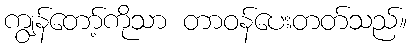
ကျွန်တော့်ကိုသာ တာဝန်ပေးတတ်သည်။